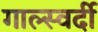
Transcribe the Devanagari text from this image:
गाल्स्वर्दी